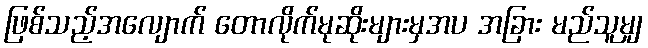
ဖြစ်သည့်အလျောက် တောလိုက်မုဆိုးများမှအပ အခြား မည်သူမျှ